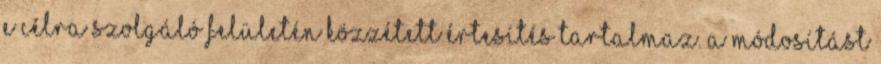
e célra szolgáló felületén közzétett értesítés tartalmaz. A módosítást